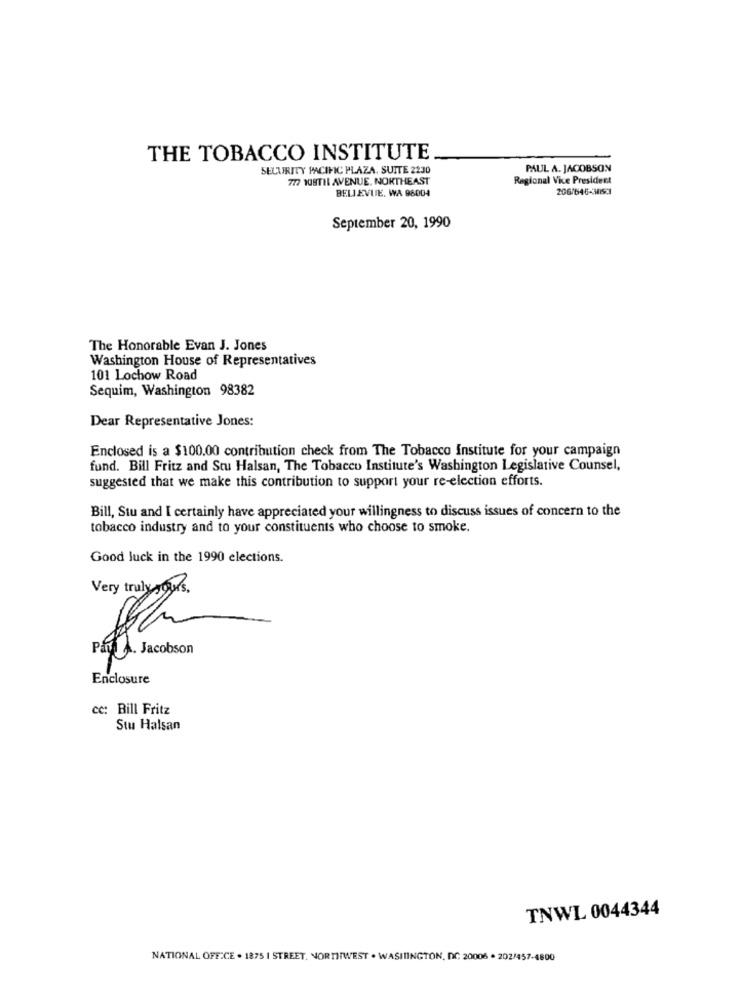
THE TOBACCO INSTITUTE
SECURITY PACIFIC PLAZA, SUITE 2230
PAUL A. JACOBSON
777 108TIL AVENUE, NORTHEAST
Regional Vice President
BELLEVUE. WA 96004
September 20, 1990
The Honorable Evan J. Jones
Washington House of Representatives
101 Lochow Road
Sequim, Washington 98382
Dear Representative Jones:
Enclosed is a $100.00 contribution check from The Tobacco Institute for your campaign
fund. Bill Fritz and Stu Halsan, The Tobacco Institute's Washington Legislative Counsel,
suggested that we make this contribution to support your re-election efforts.
Bill, Stu and I certainly have appreciated your willingness to discuss issues of concern to the
tobacco industry and to your constituents who choose to smoke.
Good luck in the 1990 elections.
Very truly ws .
Para A. Jacobson
Enclosure
cc: Bill Fritz
Stu Halsan
TNWL 0044344
NATIONAL OFFICE . 1875 | STREET. NORTHWEST . WASHINGTON, DC 20006 . 202/457-4800